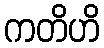
ကတိဟိ